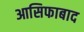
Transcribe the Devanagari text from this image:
आसिफाबाद